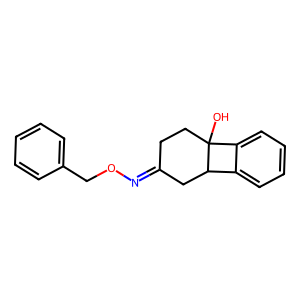
SMILES: OC12CCC(=NOCc3ccccc3)CC1c1ccccc12
Inhibits HIV replication: No